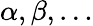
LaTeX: \alpha,\beta,\dots